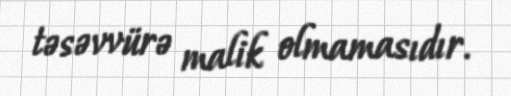
təsəvvürə malik olmamasıdır.